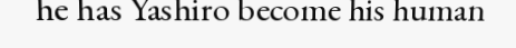
he has Yashiro become his human